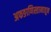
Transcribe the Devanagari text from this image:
अफङाणिस्तानातून